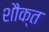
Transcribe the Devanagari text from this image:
शौक्त